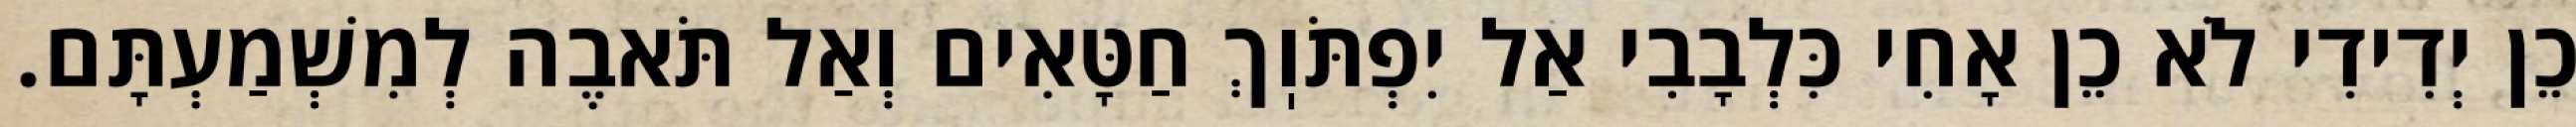
כֵן יְדִידִי לֹא כֵן אָחִי כִּלְבָבִי אַל יִפְתֹּוֽךְ חַטָּאִים וְאַל תֹּאבֶה לְמִשְׁמַעְתָּם.